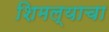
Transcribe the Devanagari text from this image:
शिमल्याचा